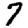
Digit: 7